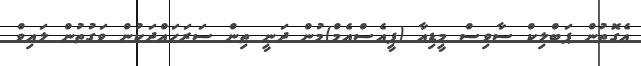
އެގޮތުން ޕަބްލިކް ސާވިސް މީޑިއާ (ޕީއެސްއެމް)މުން ދަނީ ތިން ސަރަހައްދަކުން ވަގުތުން ލައިވް